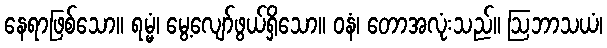
နေရာဖြစ်သော။ ရမ္မံ၊ မွေ့လျော်ဖွယ်ရှိသော။ ဝနံ၊ တောအလုံးသည်။ ဩဘာသယံ၊